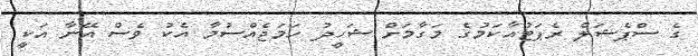
ގެ ސްޕެޝަލް ރެޕަޓުއާކަމުގެ މަގާމަށް ޝަހީދު ހަމަޖެއްސުމާ އެކު ވެސް އޭނާ އަކީ